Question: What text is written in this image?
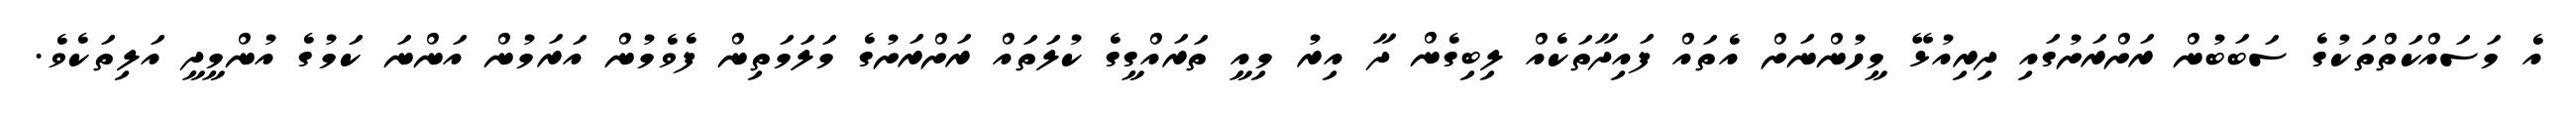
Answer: އެ މަސައްކަތްތަކުގެ ސަބަބުން ރަށްރަށުގައި ދިރިއުޅޭ މީހުންނަށް އެތައް ފައިދާތަކެއް ލިބިގެން ދާ އިރު މިއީ ތަރައްގީގެ ކުލަތައް ރަށްރަށުގެ މަލަމަތިން ފެވެމުން އަރަމުން އަންނަ ކަމުގެ އުންމީދީ އަލިތަކެވެ.